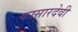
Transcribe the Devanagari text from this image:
कासारदेवी